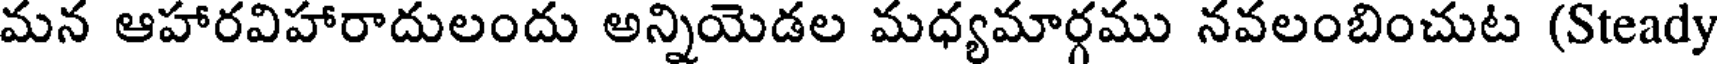
మన ఆహారవిహారాదులందు అన్నియెడల మధ్యమార్గము నవలంబించుట (Steady